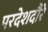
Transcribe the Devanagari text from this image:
परदेशदौरे